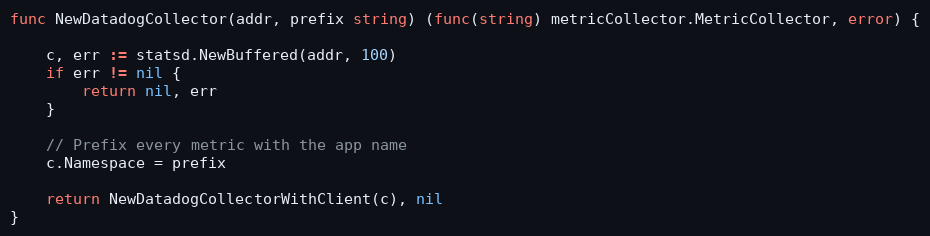
Language: Go
func NewDatadogCollector(addr, prefix string) (func(string) metricCollector.MetricCollector, error) {

	c, err := statsd.NewBuffered(addr, 100)
	if err != nil {
		return nil, err
	}

	// Prefix every metric with the app name
	c.Namespace = prefix

	return NewDatadogCollectorWithClient(c), nil
}